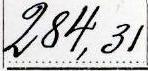
284,31